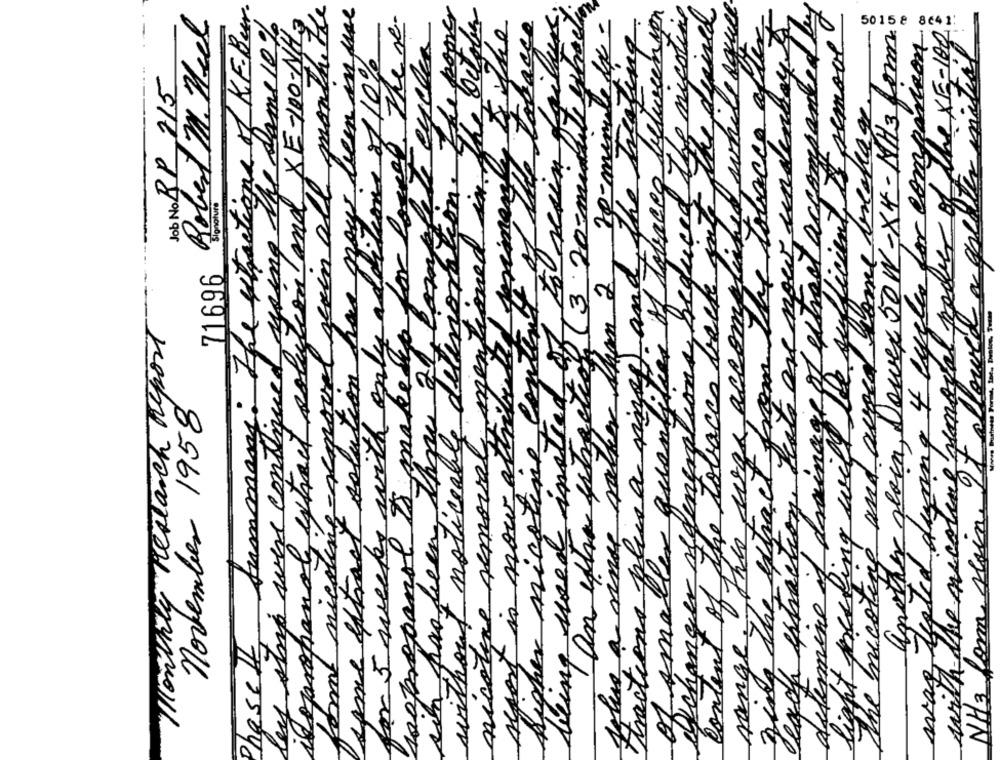
Phaseff, Summary: The extractions of KE-Bur.
vel zeven all month. the
es lemminuse
drained
Robert M. Heel
ley strip were continued using the same 10%
& & makeup for logged The re.
unations reduced the micoin
e now underbart
isopropanol extract solution and XE-100-NH.
enn
determine if drainage of wheel accompanied
5015 8 8641:
Another seain, Dowex 50 W-X4-MH3 for
was lifted during 4 cycles for companion
of the X5 -100
sin has been than ol compte cycles
Tabaco
tabacco aften
NH3 Com stain. It allowed a agenter initial
sufficient to semool
for 5 weeks with only addition of 10%
This was accomplished while se
Job No RP 215
.f. and the treaty
of smaller quantities of tobacco belie
The micoting and auged home brechage.
the fly
The
Aglu a nincs rather than 2, 20-min
3.20mm
we removal poder of
gays
ignature
se tobacco back for
from The to
71696
nicolere removal mention
without noticeable delirios
some extract solution ha
higher nicotine contin
chon, hate are
Monthly research report
instead
tractions plus a ning
Tan the whole
light pecking with
november 1958
wort is now ati
zing the extract
with the necolings
being need i
exchanger Mean
of the
form nicotin
isopropanol
Beach extract
content o
range:
4